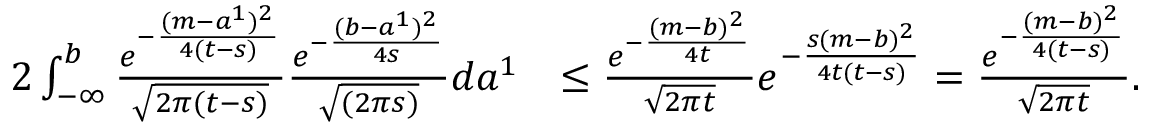
\begin{array} { r l } { 2 \int _ { - \infty } ^ { b } \frac { e ^ { - \frac { ( m - a ^ { 1 } ) ^ { 2 } } { 4 ( t - s ) } } } { \sqrt { 2 \pi ( t - s ) } } \frac { e ^ { - \frac { ( b - a ^ { 1 } ) ^ { 2 } } { 4 s } } } { \sqrt { ( 2 \pi s ) } } d a ^ { 1 } } & { \leq \frac { e ^ { - \frac { ( m - b ) ^ { 2 } } { 4 t } } } { \sqrt { 2 \pi t } } e ^ { - \frac { s ( m - b ) ^ { 2 } } { 4 t ( t - s ) } } = \frac { e ^ { - \frac { ( m - b ) ^ { 2 } } { 4 ( t - s ) } } } { \sqrt { 2 \pi t } } . } \end{array}